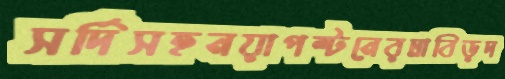
সর্দিসহনয়াপল্টনেরদ্রাবিড়দ